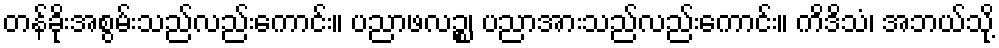
တန်ခိုးအစွမ်းသည်လည်းကောင်း။ ပညာဖလဉ္စ၊ ပညာအားသည်လည်းကောင်း။ ကိဒိသံ၊ အဘယ်သို့